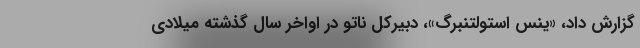
گزارش داد، «ینس استولتنبرگ»، دبیرکل ناتو در اواخر سال گذشته میلادی